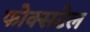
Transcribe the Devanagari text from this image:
फोक्सटेल